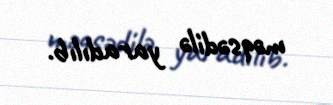
məqsədilə yaradılıb.